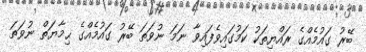
ބޭރު ގައުމެއްގެ ރައްޔިތަކު ކަމުގައިވެފައިވާ ނަމަ ނުވަތަ ބޭރު ގައުމެއްގެ ޙިމާޔަތް ނުވަތަ